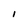
Character: l